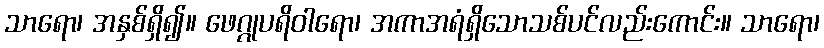
သာရော၊ အနှစ်ရှိ၍။ ဖေဂ္ဂုပရိဝါရော၊ အကာအရံရှိသောသစ်ပင်လည်းကောင်း။ သာရော၊